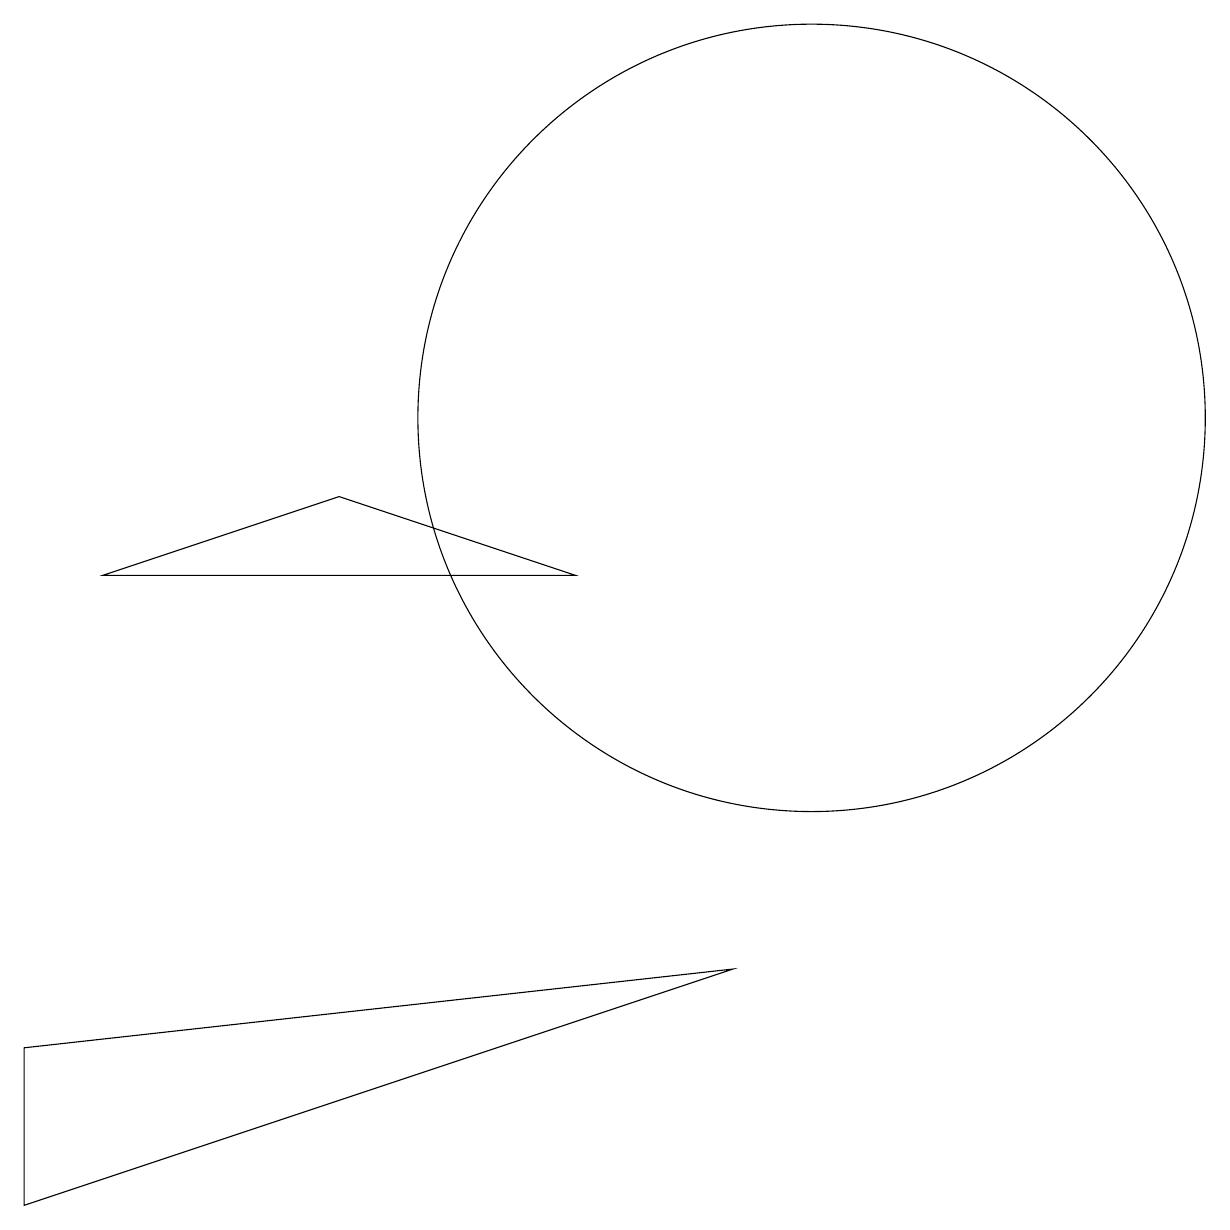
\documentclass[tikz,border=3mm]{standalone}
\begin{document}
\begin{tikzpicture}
\draw (4,9) -- (1,8) -- (7,8) -- cycle;
\draw (9,3) -- (0,2) -- (0,0) -- cycle;
\draw (10,10) circle (5);
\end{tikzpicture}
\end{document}